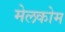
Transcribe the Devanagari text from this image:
मेलकोम